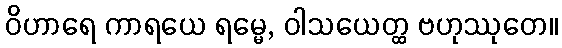
ဝိဟာရေ ကာရယေ ရမ္မေ, ဝါသယေတ္ထ ဗဟုဿုတေ။